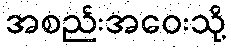
အစည်းအဝေးသို့